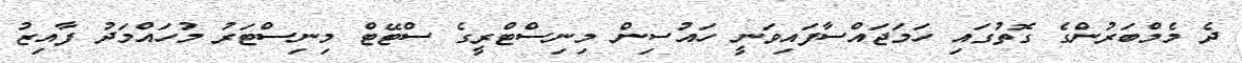
ދެ މެމްބަރުންގެ ގޮތުގައި ހަމަޖައްސާފައިވަނީ ހައުސިން މިނިސްޓްރީގެ ސްޓޭޓް މިނިސްޓަރު މުހައްމަދު ފާއިޒު